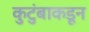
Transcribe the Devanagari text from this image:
कुटुंबाकडून